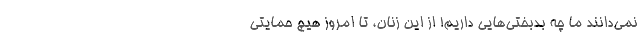
نمی‌دانند ما چه بدبختی‌هایی داریم! از این زنان، تا امروز هیچ حمایتی